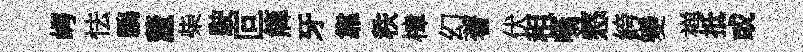
崿怯鵬釐柴駛叵簰牙靠秩樟幻著伏租嚥憗絝變禅抵或